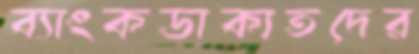
ব্যাংকডাকাতদের